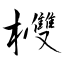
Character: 欆